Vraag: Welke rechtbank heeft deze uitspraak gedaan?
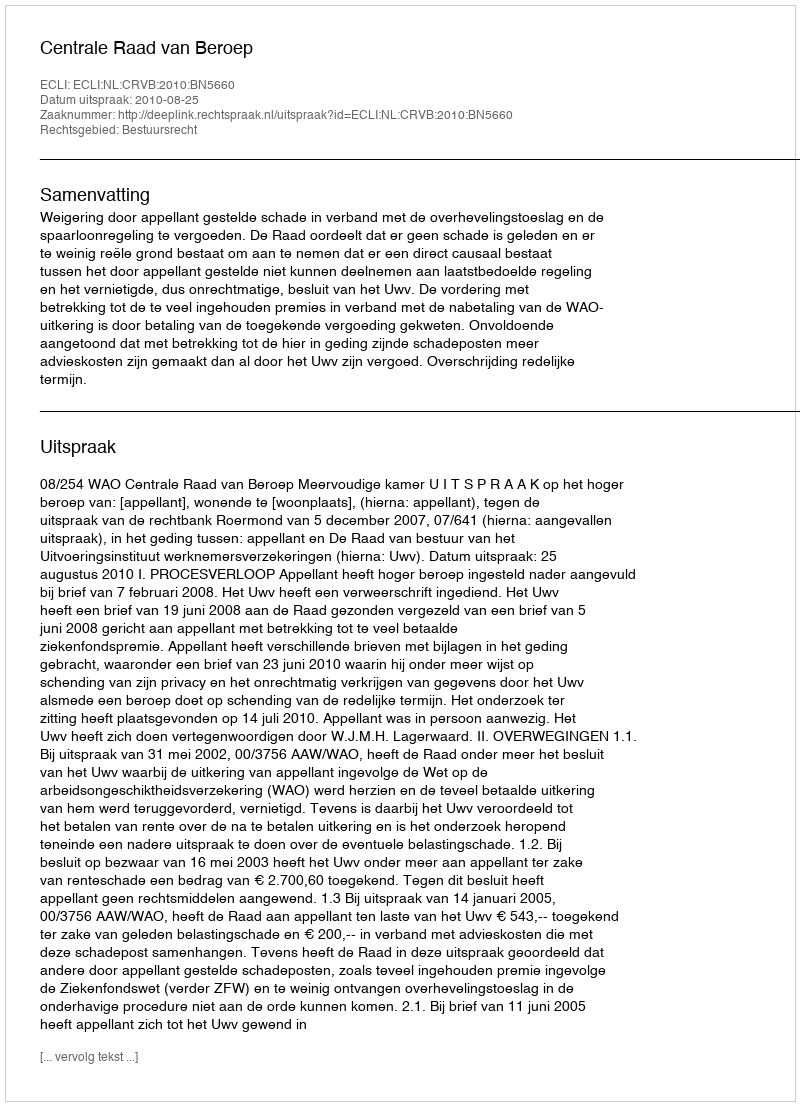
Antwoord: Centrale Raad van Beroep